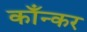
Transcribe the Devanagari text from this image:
काँन्कर